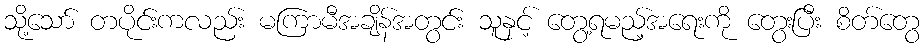
သို့သော် တပိုင်းကလည်း မကြာမီအချိန်အတွင်း သူနှင့် တွေ့ရမည့်အရေးကို တွေးပြီး စိတ်တွေ